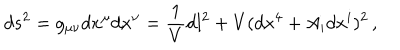
LaTeX: d s ^ { 2 } = g _ { \mu \nu } d x ^ { \mu } d x ^ { \nu } = \frac { 1 } { V } d l ^ { 2 } + V ( d x ^ { 4 } + A _ { i } d x ^ { i } ) ^ { 2 } \, ,